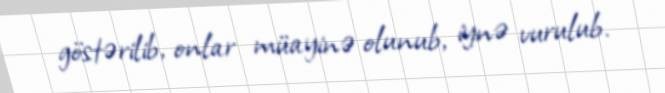
göstərilib, onlar müayinə olunub, iynə vurulub.